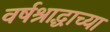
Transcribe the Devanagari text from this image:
वर्षश्राद्धाच्या